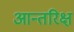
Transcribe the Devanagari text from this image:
आन्तरिक्ष